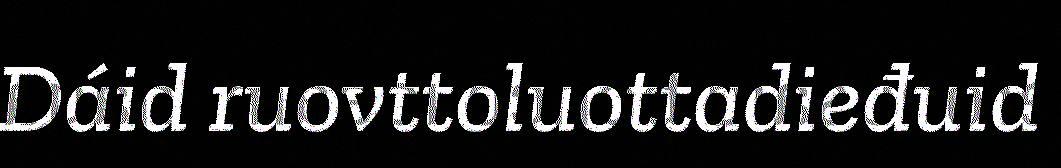
Dáid ruovttoluottadieđuid